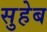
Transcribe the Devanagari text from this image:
सुहेब